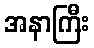
အနာကြီး